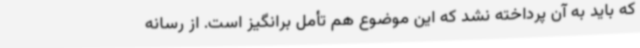
که باید به آن پرداخته نشد که این موضوع هم تأمل برانگیز است. از رسانه